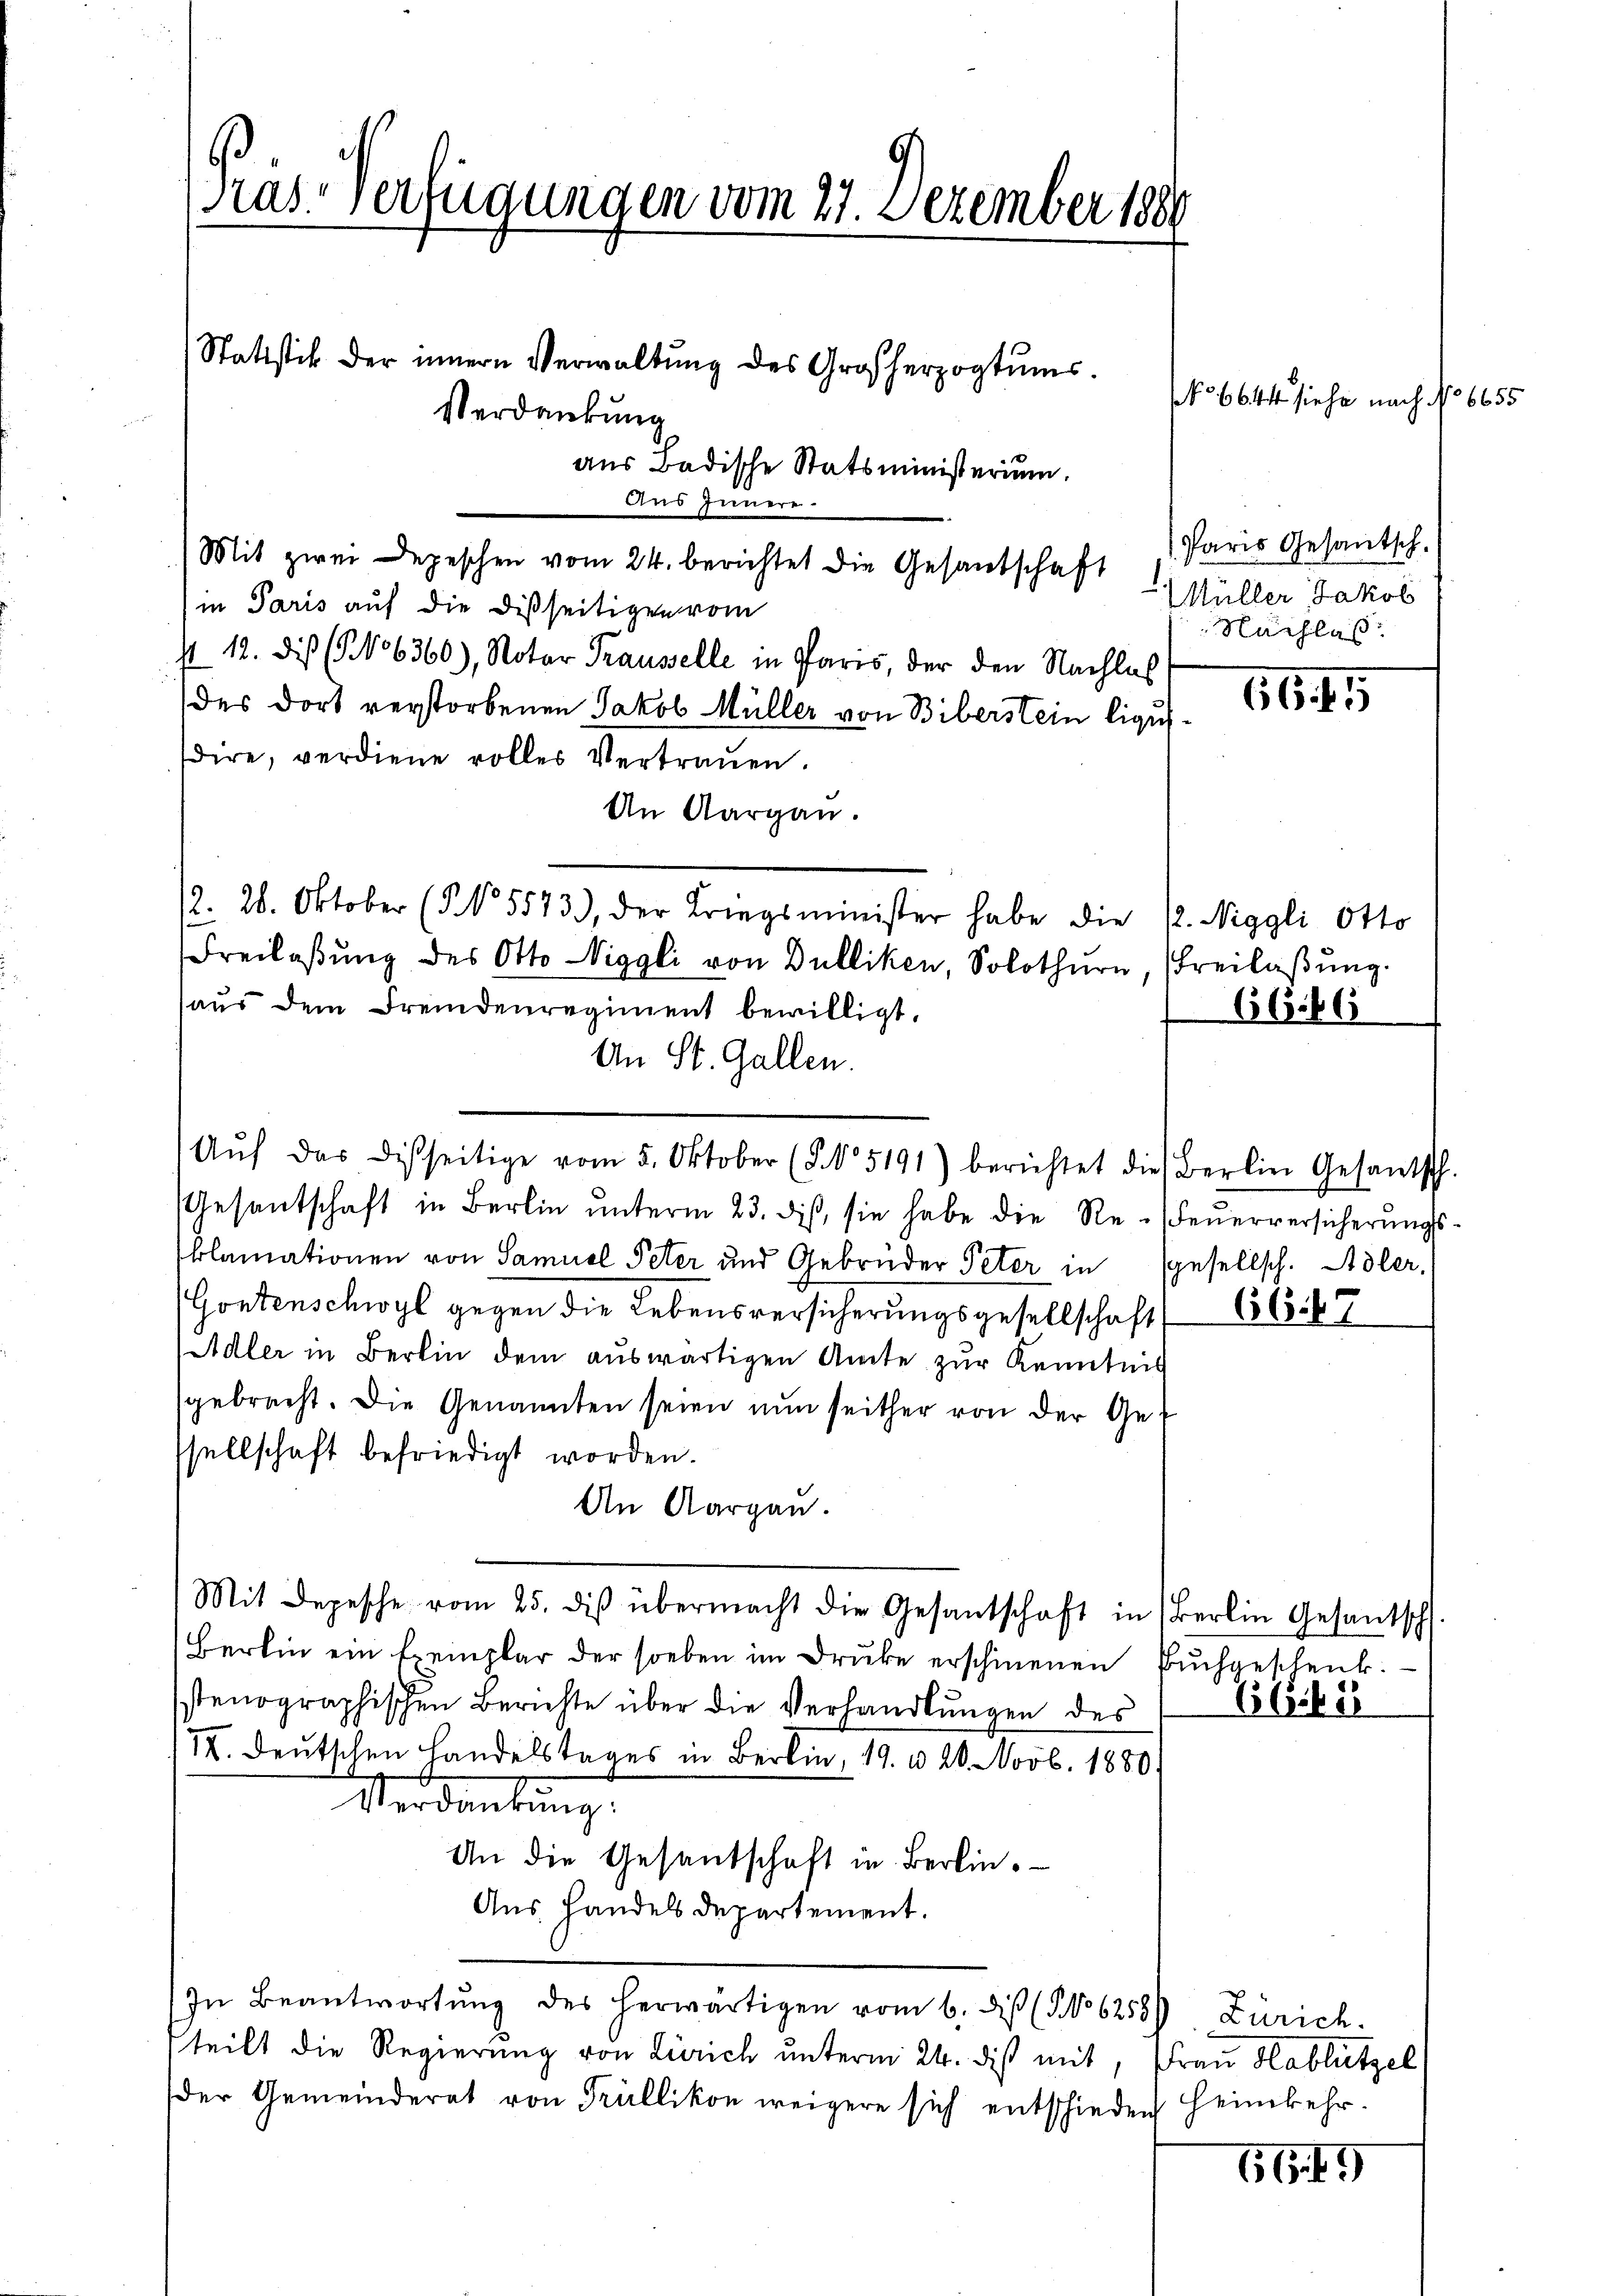
Kas verfügungen vom 27. Dezember 1889

Statistik der innern Verwaltung des Großherzogtums.
Verdankung
aus Badische Statsministerium,
Aus Innere.
Mit zwei Depeschen vom 24. berichtet die Gesandschaft
in Paris auf die Disseitigen vom
st 12. Dis (§ 106360), Notar Trausselle in Paris, der den Nachlas
des dort verstorbenen Jakob Müller von Biberstein ligussdire, verdiene volles Vertrauen.
An Aargau.
12. 28. Oktober (§ 5573), der Kriegsminister habe die K. Niggli Otto
Freilassung des Otto Niggli von Dulliken, Solothurn, Freilaßung.
haŭs dem Fremdenregiment bewilligt.
An St. Gallen.
Gesantschaft in Berlin ŭnterm 23. ds, sie habe die Re-Feŭerversicherŭngs-
klamationen von Samuel Peter und Gebrüder Peter in gesellsch. Adler,
(Gontenschwyl gegen die Lebensversicherungsgesellschaft
Adler in Berlin dem auswärtigen Amte zur Kenntnis
gebracht. Die Genannten seien nun seither von der Gesellschaft befriedigt worden.
An Aargau.
Mit Depesche vom 25. diβ übermacht die Gesandschaft in Berlin Gesantsch
Berlin ein Exemplar der soeben im Druke erschienen Buchgeschenk.
stenographischen Berichte über die Verhandlungen des
IX. Deutschen Handelstages in Bern, 19. u 20. Novb. 1880.
Verdankung
An die Gesandschaft in Berlin
Aus Handels departement.
In Beantwortŭng des herwärtigen vom 6. dieß (No 6258) Zürich.
teilt die Regierung von Zürich unterm 24. diß mit, Frau Hablützel
der Gemeinderat von Trüllikon weigere sich entschieden Heimkehr.

Aŭf das disseitige vom 5. Oktober (§ 5191) berichtet die Berlin Gesantsch.

6645

No 6644 siehe nach No 6655

Paris Gesantsch.
Müller Jakob
Nachlas

6666

667

6Cibe

66.49